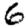
Digit: 6